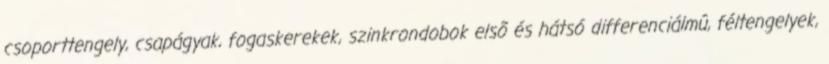
csoporttengely, csapágyak, fogaskerekek, szinkrondobok elsõ és hátsó differenciálmû, féltengelyek,